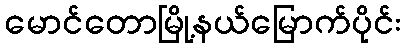
မောင်တောမြို့နယ်မြောက်ပိုင်း